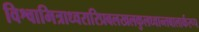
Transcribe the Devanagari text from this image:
विश्वामित्राध्वरारिप्रबलखलकुलध्वान्तबालार्करूप